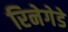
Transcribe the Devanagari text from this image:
रिनेगेडे